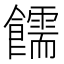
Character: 𫗜